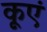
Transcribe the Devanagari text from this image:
कूएं